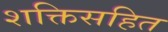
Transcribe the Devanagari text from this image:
शक्तिसहित